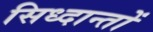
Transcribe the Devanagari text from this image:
सिध्दान्तों